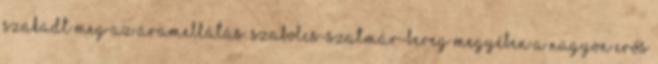
szakadt meg az áramellátás. Szabolcs-Szatmár-Bereg megyében a nagyon erős